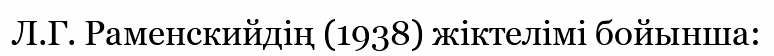
Л.Г. Раменскийдің (1938) жіктелімі бойынша: